system: You are a helpful assistant.
user:
Analyze the provided spectrum to determine if it is a **Carbon Star (C-type)**.

- **Key Visual Indicators of Carbon Star:**
    - **(Primary):** Strong molecular absorption from **C₂ (diatomic carbon) "Swan Bands."** This is the **defining feature** of a carbon star.
        - **(Key Bandheads):** Sharp absorption edges are visible at approximately $5635$ Å, $5165$ Å (the strongest band), and $4737$ Å.
        - **(Line Profile):** Creates a distinct **"saw-tooth"** pattern. The key morphology is a sharp, steep bandhead on the **red (long-wavelength) side**, which then gradually tapers off (i.e., flux recovers) towards the **blue (short-wavelength) side**. *(This is the direct opposite of the TiO bands seen in M-type stars)*.

    - **(Secondary):** Intense **CN (cyanogen)** molecular absorption bands.
        - **(Key Bandheads):** Located in the blue and violet regions of the spectrum (e.g., near $4215$ Å and $3883$ Å).
        - **(Morphology):** These bands are extremely broad and act as a "blanket," absorbing the vast majority of blue and violet light. This creates a characteristic **"cliff"** or **"steep drop-off"** in the spectrum's flux at short wavelengths.

    - **(Key Confirmation):** Strong **CH absorption band (G-band)**.
        - **(Key Bandhead):** Located around $4300$ Å. The contribution from CH molecules to this band is exceptionally strong.

    - **(Overall Spectrum):**
        - The continuum is severely "chopped up" by these deep molecular bands, especially C₂, rather than appearing as a smooth curve.
        - Due to the heavy CN and C₂ absorption in the blue-green, the vast majority of the star's flux is concentrated in the red part of the spectrum, giving the star its characteristic deep red color.

Think first, call **spectral_visualization_tool** if needed to examine features in detail, then provide your final answer. Your response must adhere to the following strict rules:
1.  **Overall Structure:** Your response must follow the format `<think>...</think> <tool_call>...</tool_call> (if a tool is used) <answer>...</answer>`.
2.  **Tool Usage Constraint:** You may only make **one** tool call per turn.
3.  **Final Answer Format:** In the `<answer>` tag, your conclusion must be inside a `\boxed{}` command (e.g., `\boxed{YES}`), followed by your justification.

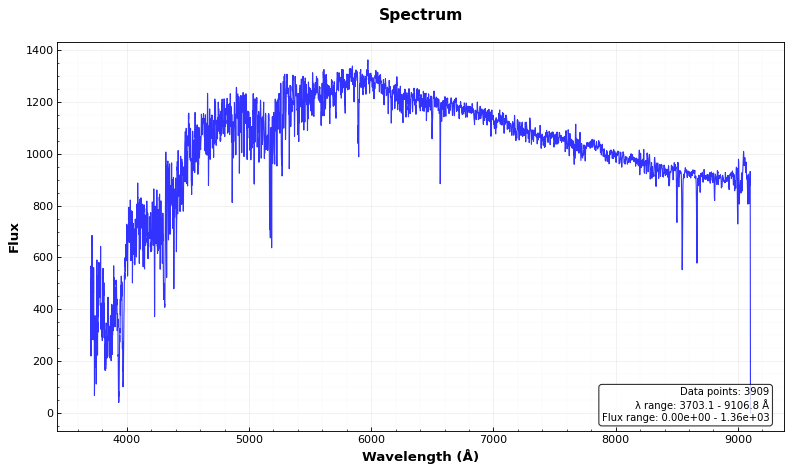
Answer: NO